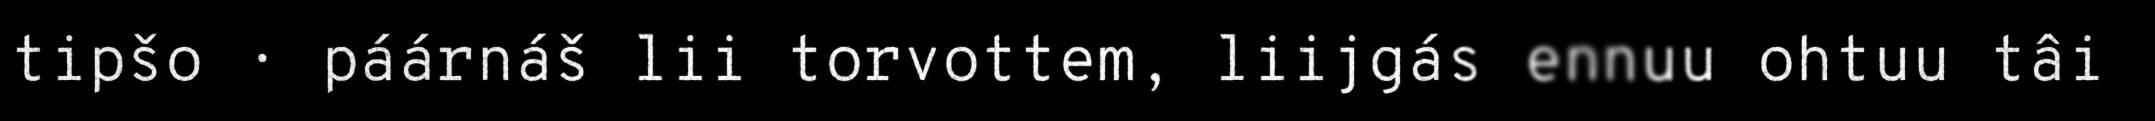
tipšo · páárnáš lii torvottem, liijgás ennuu ohtuu tâi